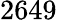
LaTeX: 2649